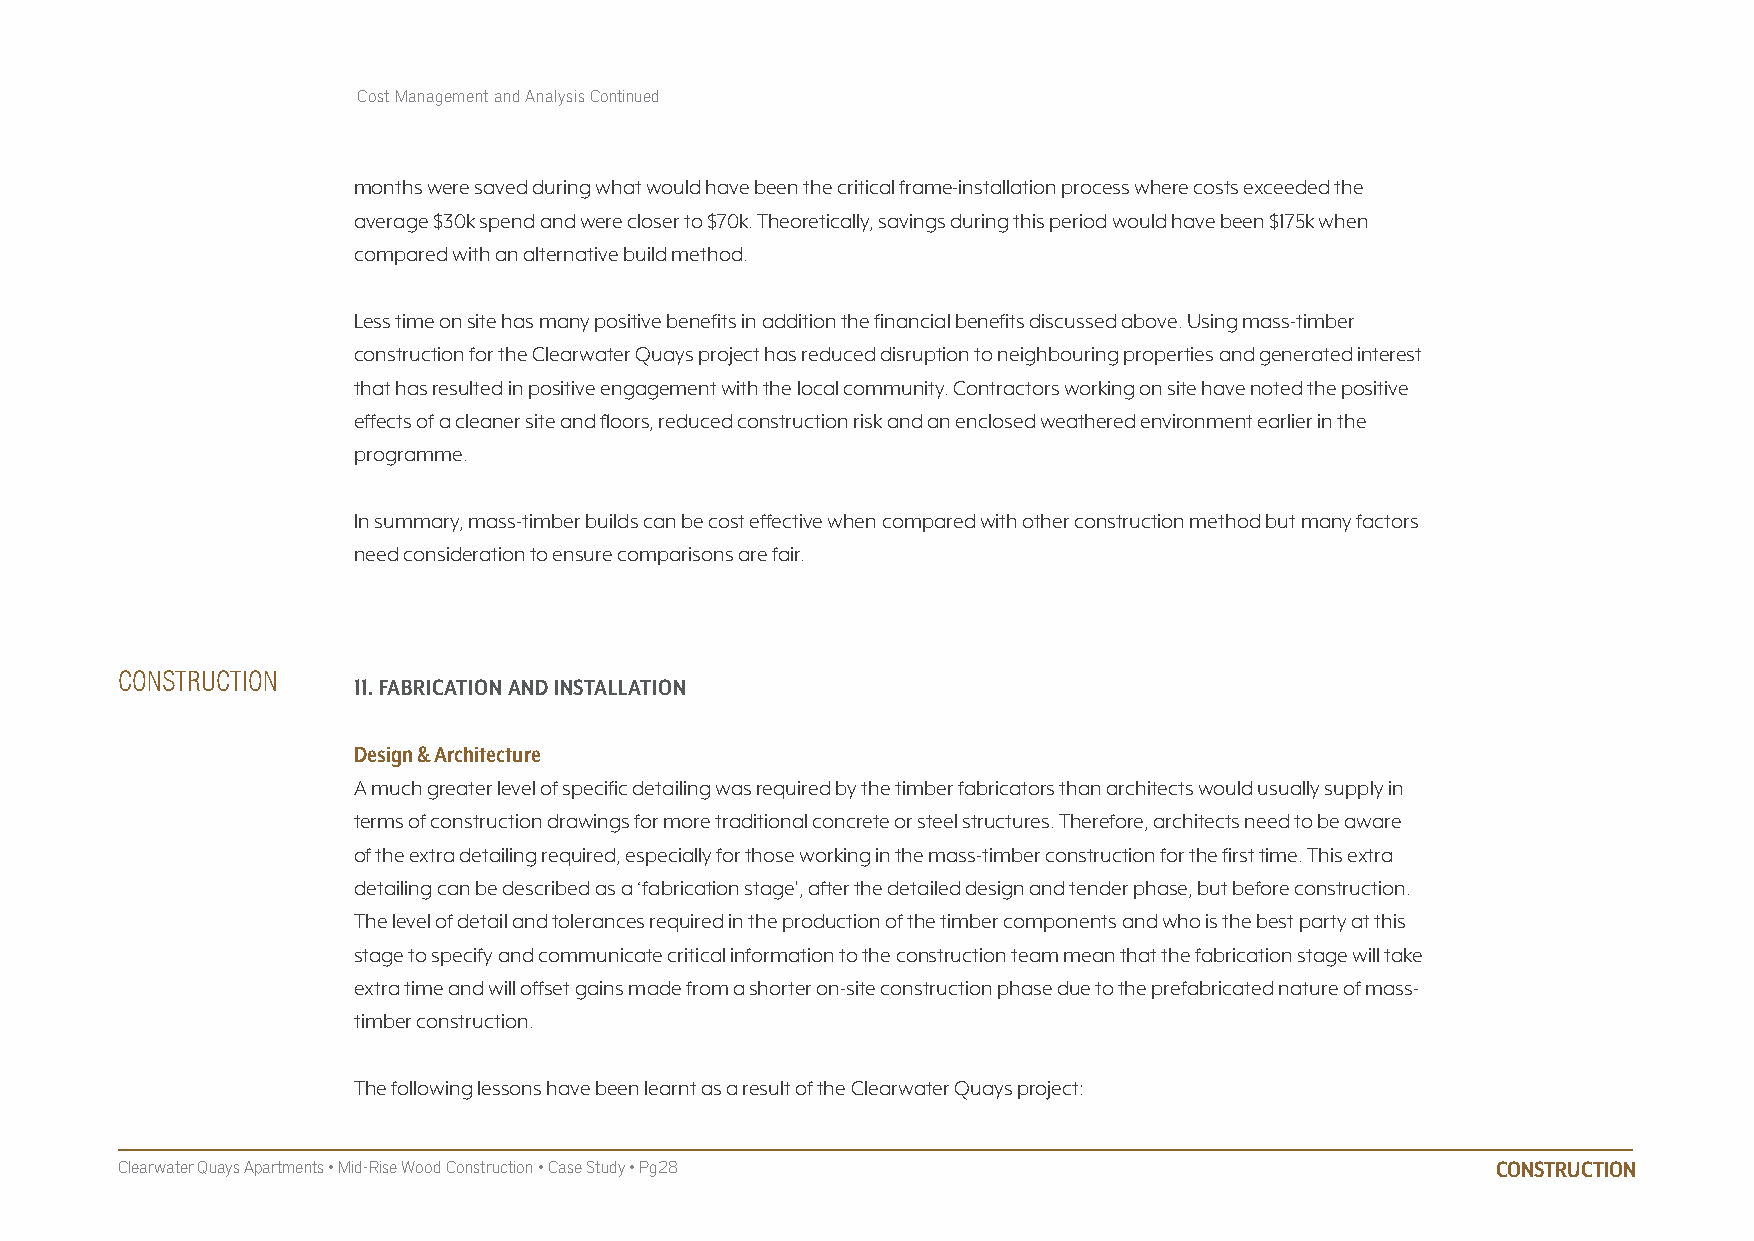
Cost Management and Analysis Continued
 months were saved during what would have been the critical frame-installation process where costs exceeded the
 average $30k spend and were closer to $70k. Theoretically, savings during this period would have been $175k when
 compared with an alternative build method.
 Less time on site has many positive benefits in addition the financial benefits discussed above. Using mass-timber
 construction for the Clearwater Quays project has reduced disruption to neighbouring properties and generated interest
 that has resulted in positive engagement with the local community. Contractors working on site have noted the positive
 effects of a cleaner site and floors, reduced construction risk and an enclosed weathered environment earlier in the
 programme.
 In summary, mass-timber builds can be cost effective when compared with other construction method but many factors
 need consideration to ensure comparisons are fair.
 CONSTRUCTION   11. fAbRICATION AND INSTALLATION
 Design & Architecture
 A much greater level of specific detailing was required by the timber fabricators than architects would usually supply in
 terms of construction drawings for more traditional concrete or steel structures. Therefore, architects need to be aware
 of the extra detailing required, especially for those working in the mass-timber construction for the first time. This extra
 detailing can be described as a ‘fabrication stage’, after the detailed design and tender phase, but before construction.
 The level of detail and tolerances required in the production of the timber components and who is the best party at this
 stage to specify and communicate critical information to the construction team mean that the fabrication stage will take
 extra time and will offset gains made from a shorter on-site construction phase due to the prefabricated nature of mass-
 timber construction.
 The following lessons have been learnt as a result of the Clearwater Quays project:
 Clearwater Quays Apartments • Mid-Rise Wood Construction • Case Study • Pg28               CONSTRUCTION